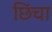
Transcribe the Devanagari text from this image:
छिंचा